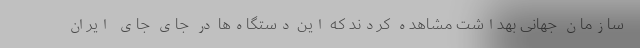
سازمان جهانی بهداشت مشاهده کردند که این دستگاه‌ها در جای جای ایران